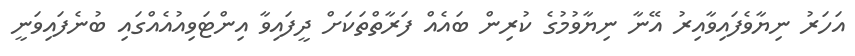
އަހަރު ނިޔާވެފައިވާއިރު އޭނާ ނިޔާވުމުގެ ކުރިން ބައެއް ފަރާތްތަކަށް ދީފައިވާ އިންޓަވިއުއެއްގައި ބުނެފައިވަނީ